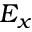
E _ { x }